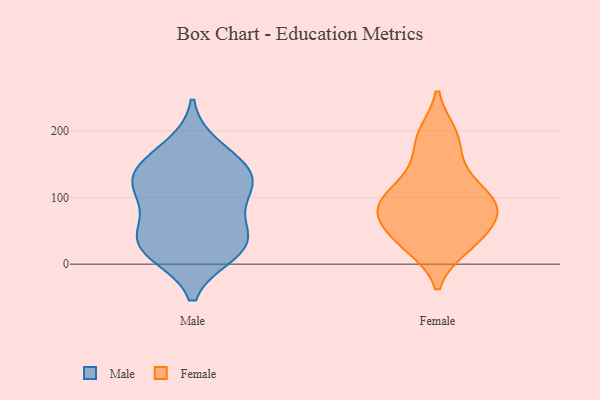
{"axis": {"x": "Budget (USD K)", "y": "Value"}, "legend": ["Female", "Male"], "data": [{"x": "", "y": 87, "type": "Male"}, {"x": "", "y": 48, "type": "Male"}, {"x": "", "y": 146, "type": "Male"}, {"x": "", "y": 175, "type": "Male"}, {"x": "", "y": 133, "type": "Male"}, {"x": "", "y": 21, "type": "Male"}, {"x": "", "y": 32, "type": "Male"}, {"x": "", "y": 118, "type": "Male"}, {"x": "", "y": 110, "type": "Male"}, {"x": "", "y": 17, "type": "Male"}, {"x": "", "y": 138, "type": "Male"}, {"x": "", "y": 37, "type": "Male"}, {"x": "", "y": 194, "type": "Female"}, {"x": "", "y": 97, "type": "Female"}, {"x": "", "y": 146, "type": "Female"}, {"x": "", "y": 90, "type": "Female"}, {"x": "", "y": 36, "type": "Female"}, {"x": "", "y": 33, "type": "Female"}, {"x": "", "y": 77, "type": "Female"}, {"x": "", "y": 27, "type": "Female"}, {"x": "", "y": 189, "type": "Female"}, {"x": "", "y": 94, "type": "Female"}, {"x": "", "y": 120, "type": "Female"}, {"x": "", "y": 76, "type": "Female"}, {"x": "", "y": 65, "type": "Female"}]}